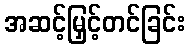
အဆင့်မြှင့်တင်ခြင်း